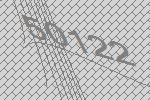
50122